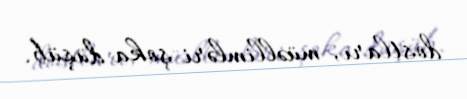
dostları, müəllimləri şoka düşüb.